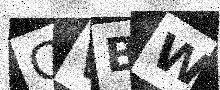
Text: CVBW